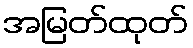
အမြတ်ထုတ်